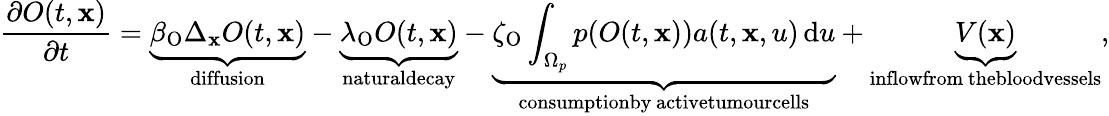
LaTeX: \frac{\partial O(t,\mathbf{x})}{\partial t}=\underbrace{\beta_{\textup{O}}\Delta_{\mathbf{x}}O(t,\mathbf{x})}_{\textup{diffusion}}-\underbrace{\lambda_{\textup{O}}O(t,\mathbf{x})}_{\textup{naturaldecay}}-\underbrace{\zeta_{\textup{O}}\int_{\Omega_{p}}p(O(t,\mathbf{x}))a(t,\mathbf{x},u)\, \mathrm{d}u}_{\substack{\textup{consumptionby}\, \textup{activetumourcells}}}+\underbrace{V(\mathbf{x})}_{\substack{\textup{inflowfrom}\, \textup{thebloodvessels}}},